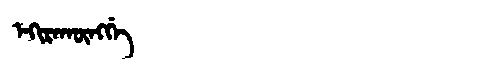
Manchu: ᡝᡴᡳᡵᠠᡴᡡᠩᡤᡝ
Romanization: EKIRAKŪNGGE